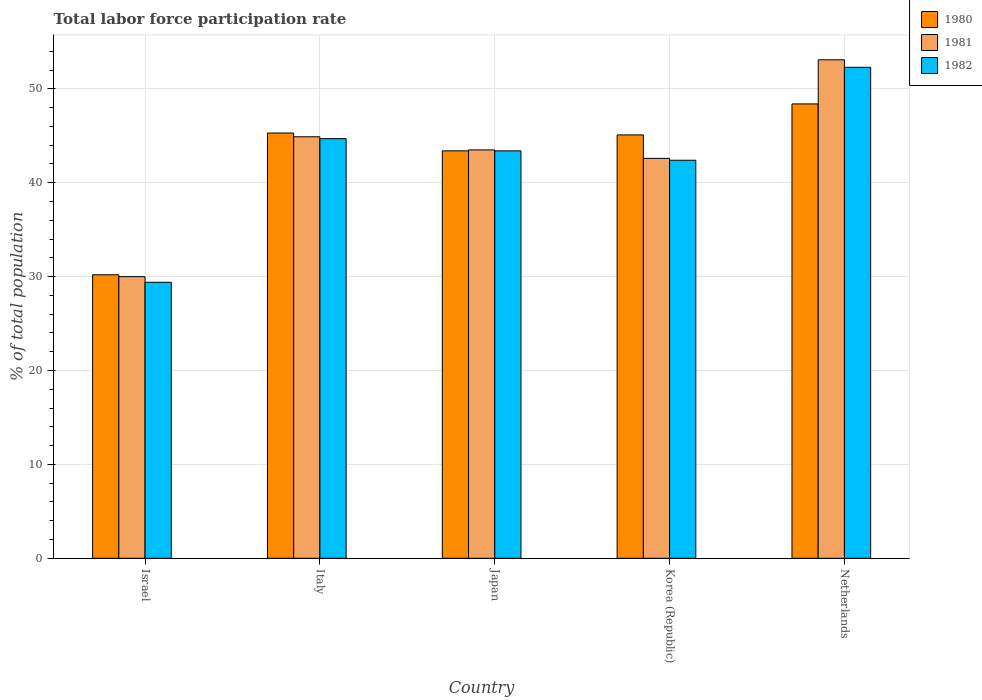
| Country | 1980 | 1981 | 1982 |
 | --- | --- | --- | --- |
 | Israel | 30.2 | 30 | 29.4 |
 | Italy | 45.3 | 44.9 | 44.7 |
 | Japan | 43.4 | 43.5 | 43.4 |
 | Korea (Republic) | 45.1 | 42.6 | 42.4 |
 | Netherlands | 48.4 | 53.1 | 52.3 |